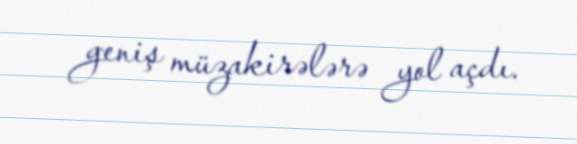
geniş müzakirələrə yol açdı.